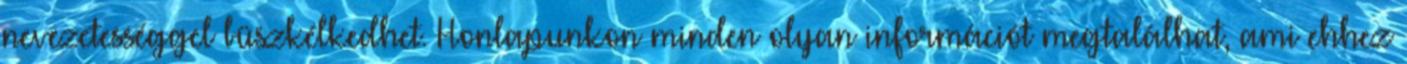
nevezetességgel büszkélkedhet. Honlapunkon minden olyan információt megtalálhat, ami ehhez